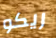
ريكو